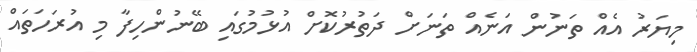
މިޔަރު އެއް ތަނުން އަނެއް ތަނަށް ދަތުރުކޮށް އުޅުމުގައި ބޭނުންހިފާ މި އުރަހަތައް